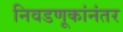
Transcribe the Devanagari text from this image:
निवडणूकांनंतर